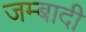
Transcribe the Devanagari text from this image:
जम्बादी